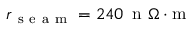
r _ { \mathrm { ~ s ~ e ~ a ~ m ~ } } = 2 4 0 \, \mathrm { ~ n ~ } \Omega \cdot \mathrm { m }